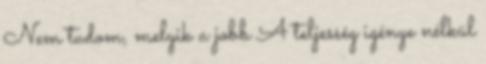
Nem tudom, melyik a jobb A teljesség igénye nélkül